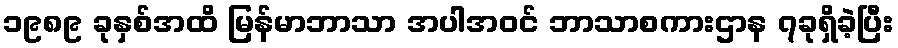
၁၉၈၉ ခုနှစ်အထိ မြန်မာဘာသာ အပါအဝင် ဘာသာစကားဌာန ၇ခုရှိခဲ့ပြီး